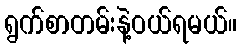
ရွက်စာတမ်းနဲ့ဝယ်ရမယ်။